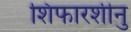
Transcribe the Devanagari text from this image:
शिफारशीनु